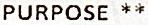
PURPOSE **